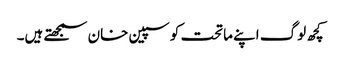
کچھ لوگ اپنے ماتحت کو سپین خان سمجھتے ہیں۔